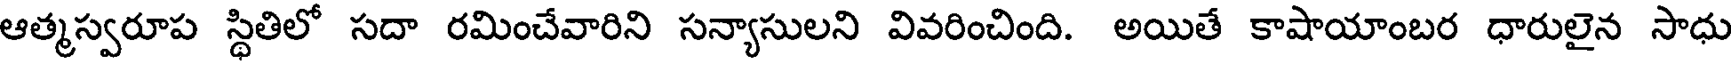
ఆత్మస్వరూప స్థితిలో సదా రమించేవారిని సన్యాసులని వివరించింది. అయితే కాషాయాంబర ధారులైన సాధు